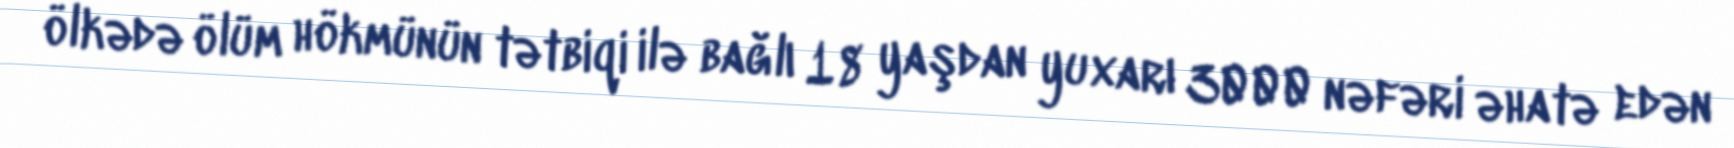
ölkədə ölüm hökmünün tətbiqi ilə bağlı 18 yaşdan yuxarı 3000 nəfəri əhatə edən